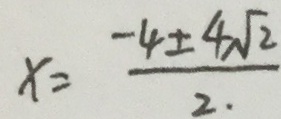
x = \frac { - 4 \pm 4 \sqrt { 2 } } { 2 }